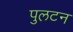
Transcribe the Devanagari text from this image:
पुलटन